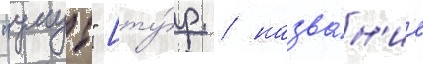
"умут" [ту́р. / назва́н'ие